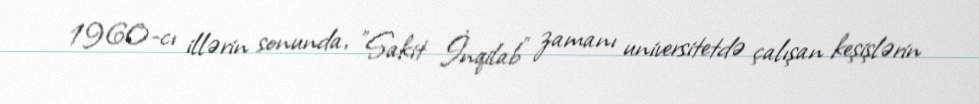
1960-cı illərin sonunda, "Sakit İnqilab" zamanı universitetdə çalışan keşişlərin